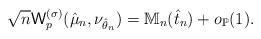
LaTeX: \begin{align*} \sqrt{n}{\sf W}_p^{(\sigma)}(\hat \mu_n,\nu_{\hat \theta_n})=\mathbb{M}_n(\hat t_n)+o_{\mathbb{P}}(1). \end{align*}